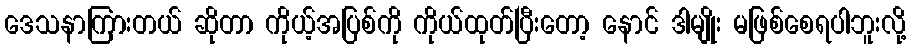
ဒေသနာကြားတယ် ဆိုတာ ကိုယ့်အပြစ်ကို ကိုယ်ထုတ်ပြီးတော့ နောင် ဒါမျိုး မဖြစ်စေရပါဘူးလို့